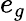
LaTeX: e_{g}